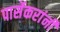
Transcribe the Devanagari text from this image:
पार्सेकरांनी